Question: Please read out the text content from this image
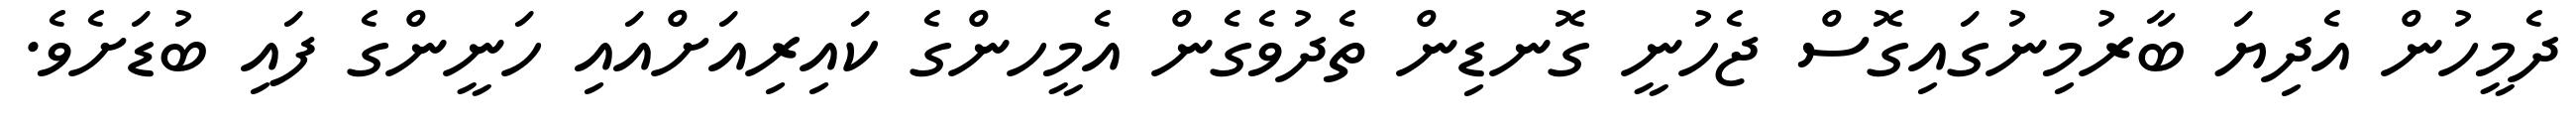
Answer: ދެމީހުން އެދިޔަ ބާރުމިނުގައިގޮސް ޖެހުނީ ގޮނޑިން ތެދުވެގެން އެމީހންގެ ކައިރިއަށްއައި ހަނީންގެ ފައި ބުޑަށެވެ.